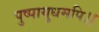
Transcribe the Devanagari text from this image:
पुष्पायुधमपि।।